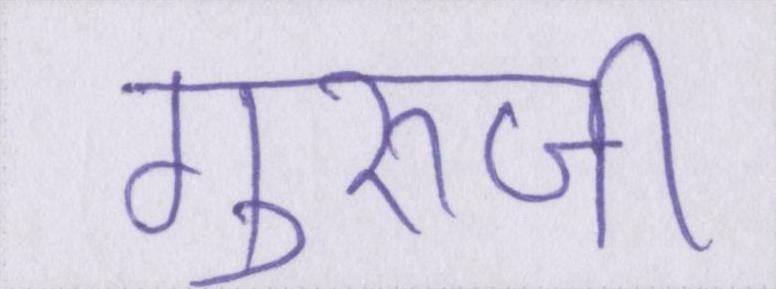
गुरूजी